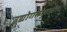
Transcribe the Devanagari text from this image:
उद्योगसमुहातील